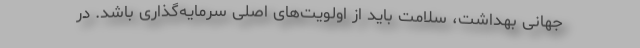
جهانی بهداشت، سلامت باید از اولویت‌های اصلی سرمایه‌گذاری باشد. در